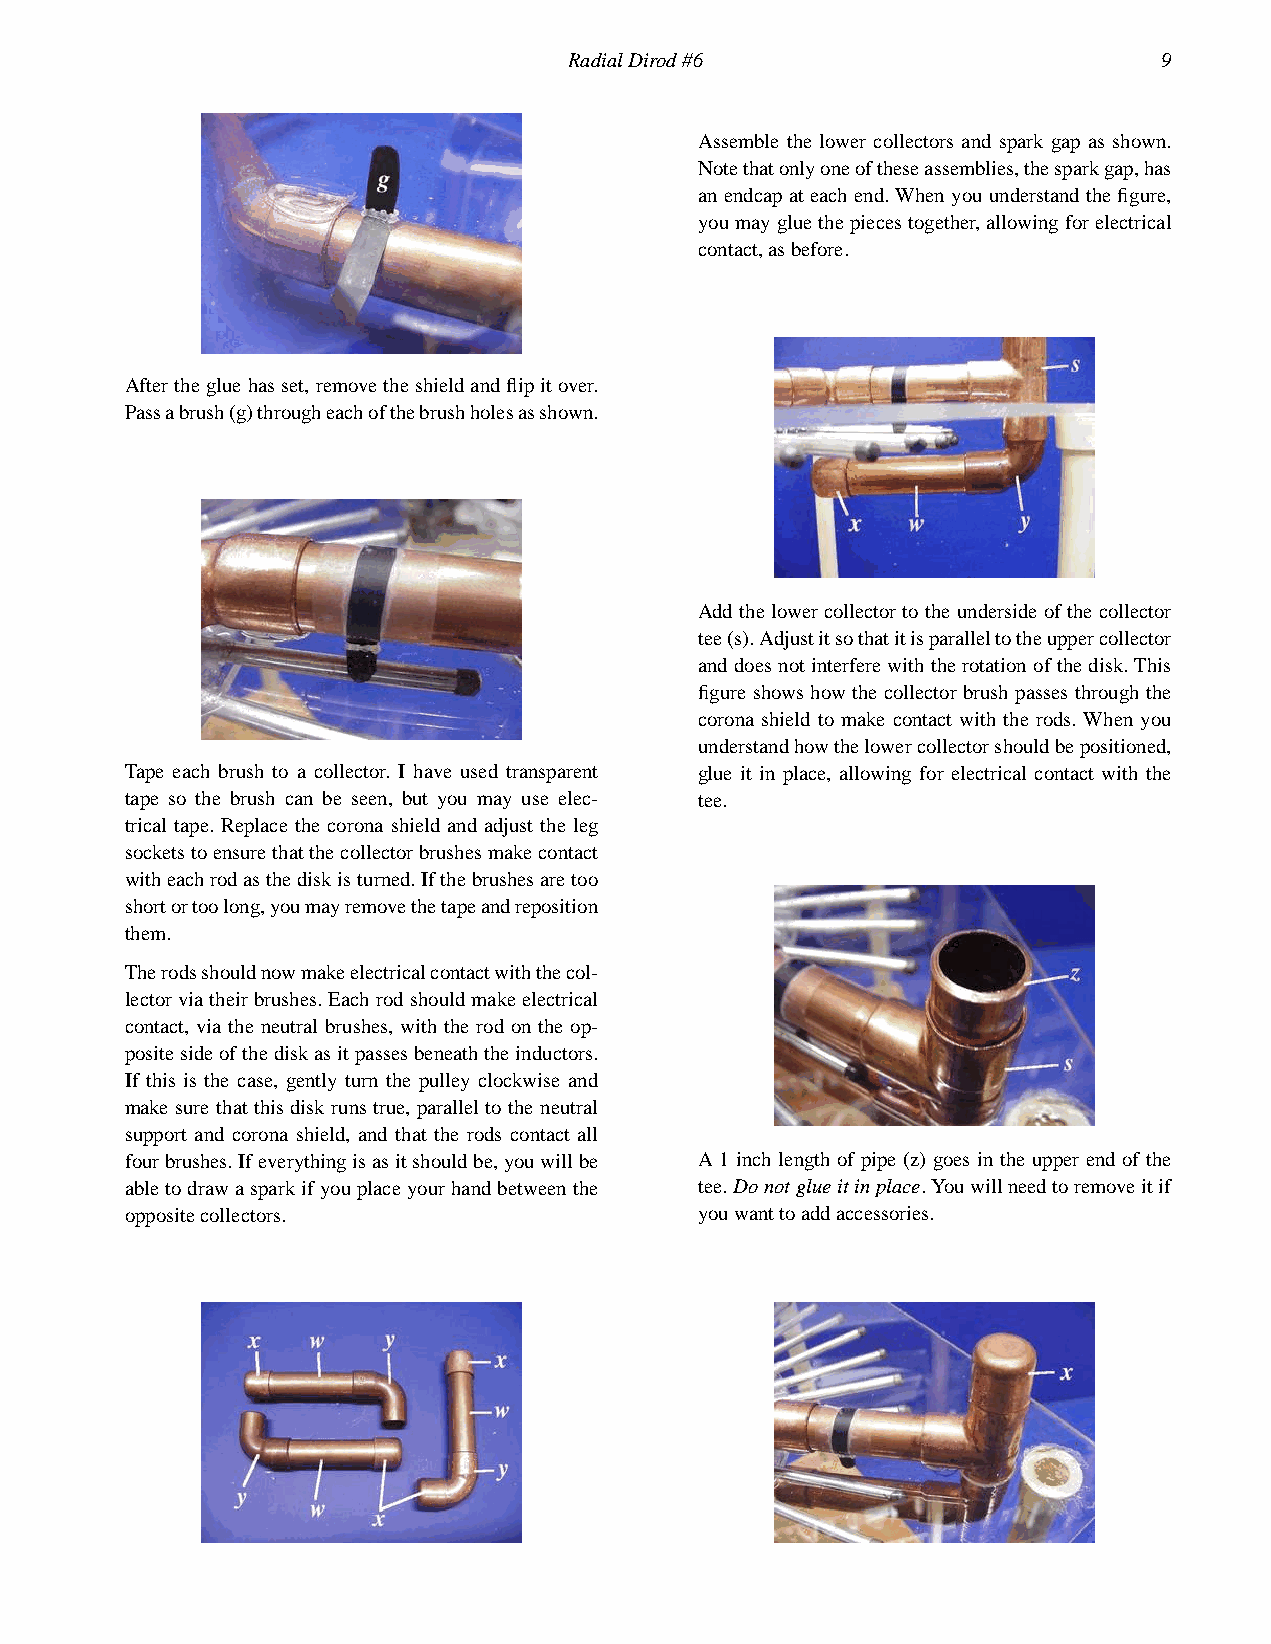
RadialDirod#6                          9
 Assemble the lower collectors and spark gap as shown.
 Notethatonlyoneoftheseassemblies,thesparkgap,has
 anendcapateachend.Whenyouunderstandthefigure,
 youmaygluethepiecestogether,allowingforelectrical
 contact,asbefore.
 Afterthegluehasset,removetheshieldandflipitover.
 Passabrush(g)througheachofthebrushholesasshown.
 Addthelowercollectortotheundersideofthecollector
 tee(s).Adjustitsothatitisparalleltotheuppercollector
 anddoesnotinterferewiththerotationofthedisk.This
 figure shows how the collector brush passes through the
 corona shield to make contact with the rods. When you
 understandhowthelowercollectorshouldbepositioned,
 Tape each brush to a collector. I have used transparent glue it in place, allowing for electrical contact with the
 tape so the brush can be seen, but you may use elec- tee.
 trical tape. Replace the corona shield and adjust the leg
 socketstoensurethatthecollectorbrushesmakecontact
 witheachrodasthediskisturned.Ifthebrushesaretoo
 shortortoolong,youmayremovethetapeandreposition
 them.
 Therodsshouldnowmakeelectricalcontactwiththecol-
 lectorviatheirbrushes.Eachrodshouldmakeelectrical
 contact, via the neutral brushes, with the rod on the op-
 positesideofthediskasitpassesbeneaththeinductors.
 If this is the case, gently turn the pulley clockwise and
 make sure that this disk runs true, parallel to the neutral
 support and corona shield, and that the rods contact all
 fourbrushes.Ifeverythingisasitshouldbe,youwillbe A 1 inch length of pipe (z) goes in the upper end of the
 abletodrawasparkifyouplaceyourhandbetweenthe tee.Donotglueitinplace.Youwillneedtoremoveitif
 oppositecollectors.                   youwanttoaddaccessories.